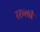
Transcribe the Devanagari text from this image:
ररूली